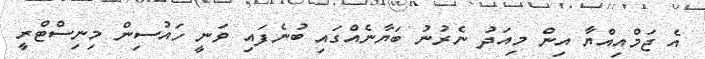
އެ ޖަމްއިއްޔާ އިން މިއަދު ނެރުނު ބަޔާނެއްގައި ބުނެފައި ވަނީ ހައުސިން މިނިސްޓްރީ